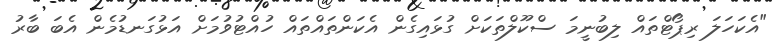
"އެކަހަލަ ރިޕޯޓްތައް ލިބުނީމަ ސްކޫލްތަކަށް ގުޅައިގެން އެކަންތައްތައް ހުއްޓުވުމަށް އަޅުގަނޑުމެން އެބަ ބާރު